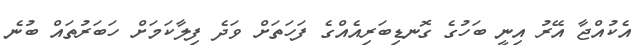
އެކުއްޖާ އޭރު އިނީ ބަހުގެ ގޮނޑިބަރިއެއްގެ ފަހަތަށް ވަދެ ފިލާކަމަށް ހަަބަރުތައް ބުނެ